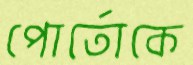
পোর্তোকে